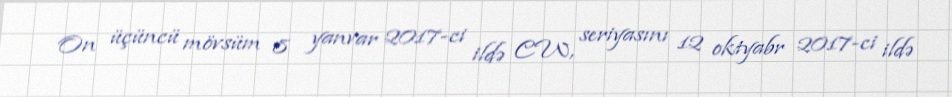
On üçüncü mövsüm 8 yanvar 2017-ci ildə CW, seriyasını 12 oktyabr 2017-ci ildə